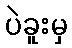
ပဲခူးမှ